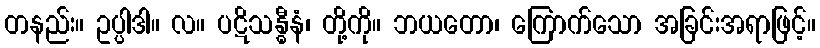
တနည်း။ ဥပ္ပါဒါ။ လ။ ပဋိသန္ဓီနံ၊ တို့ကို။ ဘယတော၊ ကြောက်သော အခြင်းအရာဖြင့်။